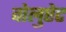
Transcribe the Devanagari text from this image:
वोलुप्टेट